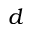
d